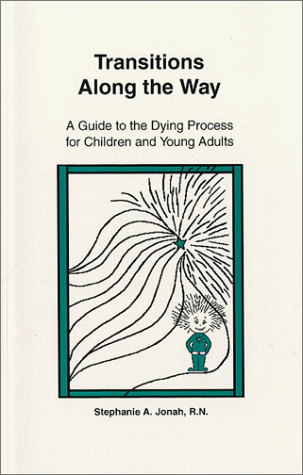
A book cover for Transitions Along the Way A Guide to the Dying Process for Children and Young Adults; Stephanie A. Jonah R.N.; Teen & Young Adult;